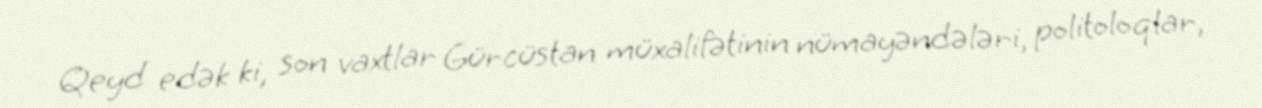
Qeyd edək ki, son vaxtlar Gürcüstan müxalifətinin nümayəndələri, politoloqlar,